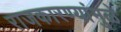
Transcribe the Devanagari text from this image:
राजकारण्यांमुळे